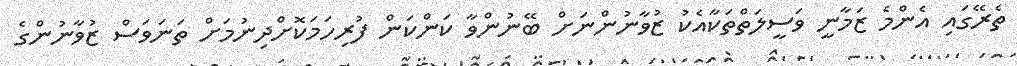
ތެރޭގައި އެންމެ ޒަމާނީ ވަސީލަތްތަކާއެކު ޒުވާނުންނަށް ބޭނުންވާ ކަންކަން ފުރިހަމަކޮށްދިނުމަށް ތަނަވަސް ޒުވާނުންގެ